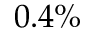
0 . 4 \%